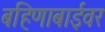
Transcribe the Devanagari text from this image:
बहिणाबाईवर